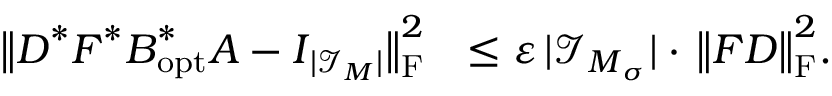
\begin{array} { r l } { \big \| \boldsymbol D ^ { * } \boldsymbol F ^ { * } \boldsymbol B _ { \mathrm { o p t } } ^ { * } \boldsymbol A - \boldsymbol I _ { | \mathcal I _ { \boldsymbol M } | } \big \| _ { \mathrm F } ^ { 2 } } & { \leq \varepsilon \, | \mathcal I _ { \boldsymbol M _ { \boldsymbol \sigma } } | \cdot \, \big \| \boldsymbol F \boldsymbol D \big \| _ { \mathrm F } ^ { 2 } . } \end{array}